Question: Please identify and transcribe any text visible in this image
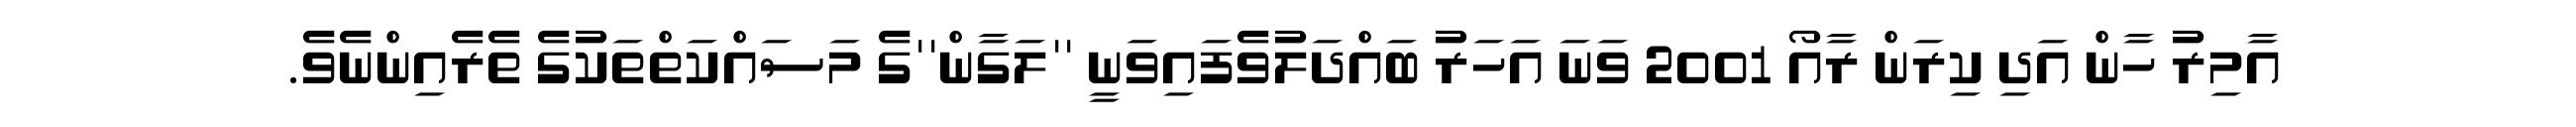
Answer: އާމިރު ހާން އަދި ކިރަން ރާއޯ 2001 ވަނަ އަހަރު ބައްދަލުވެފައިވަނީ ''ލަގާން''ގެ މަސައްކަތްތަކުގެ ތެރެއިންނެވެ.